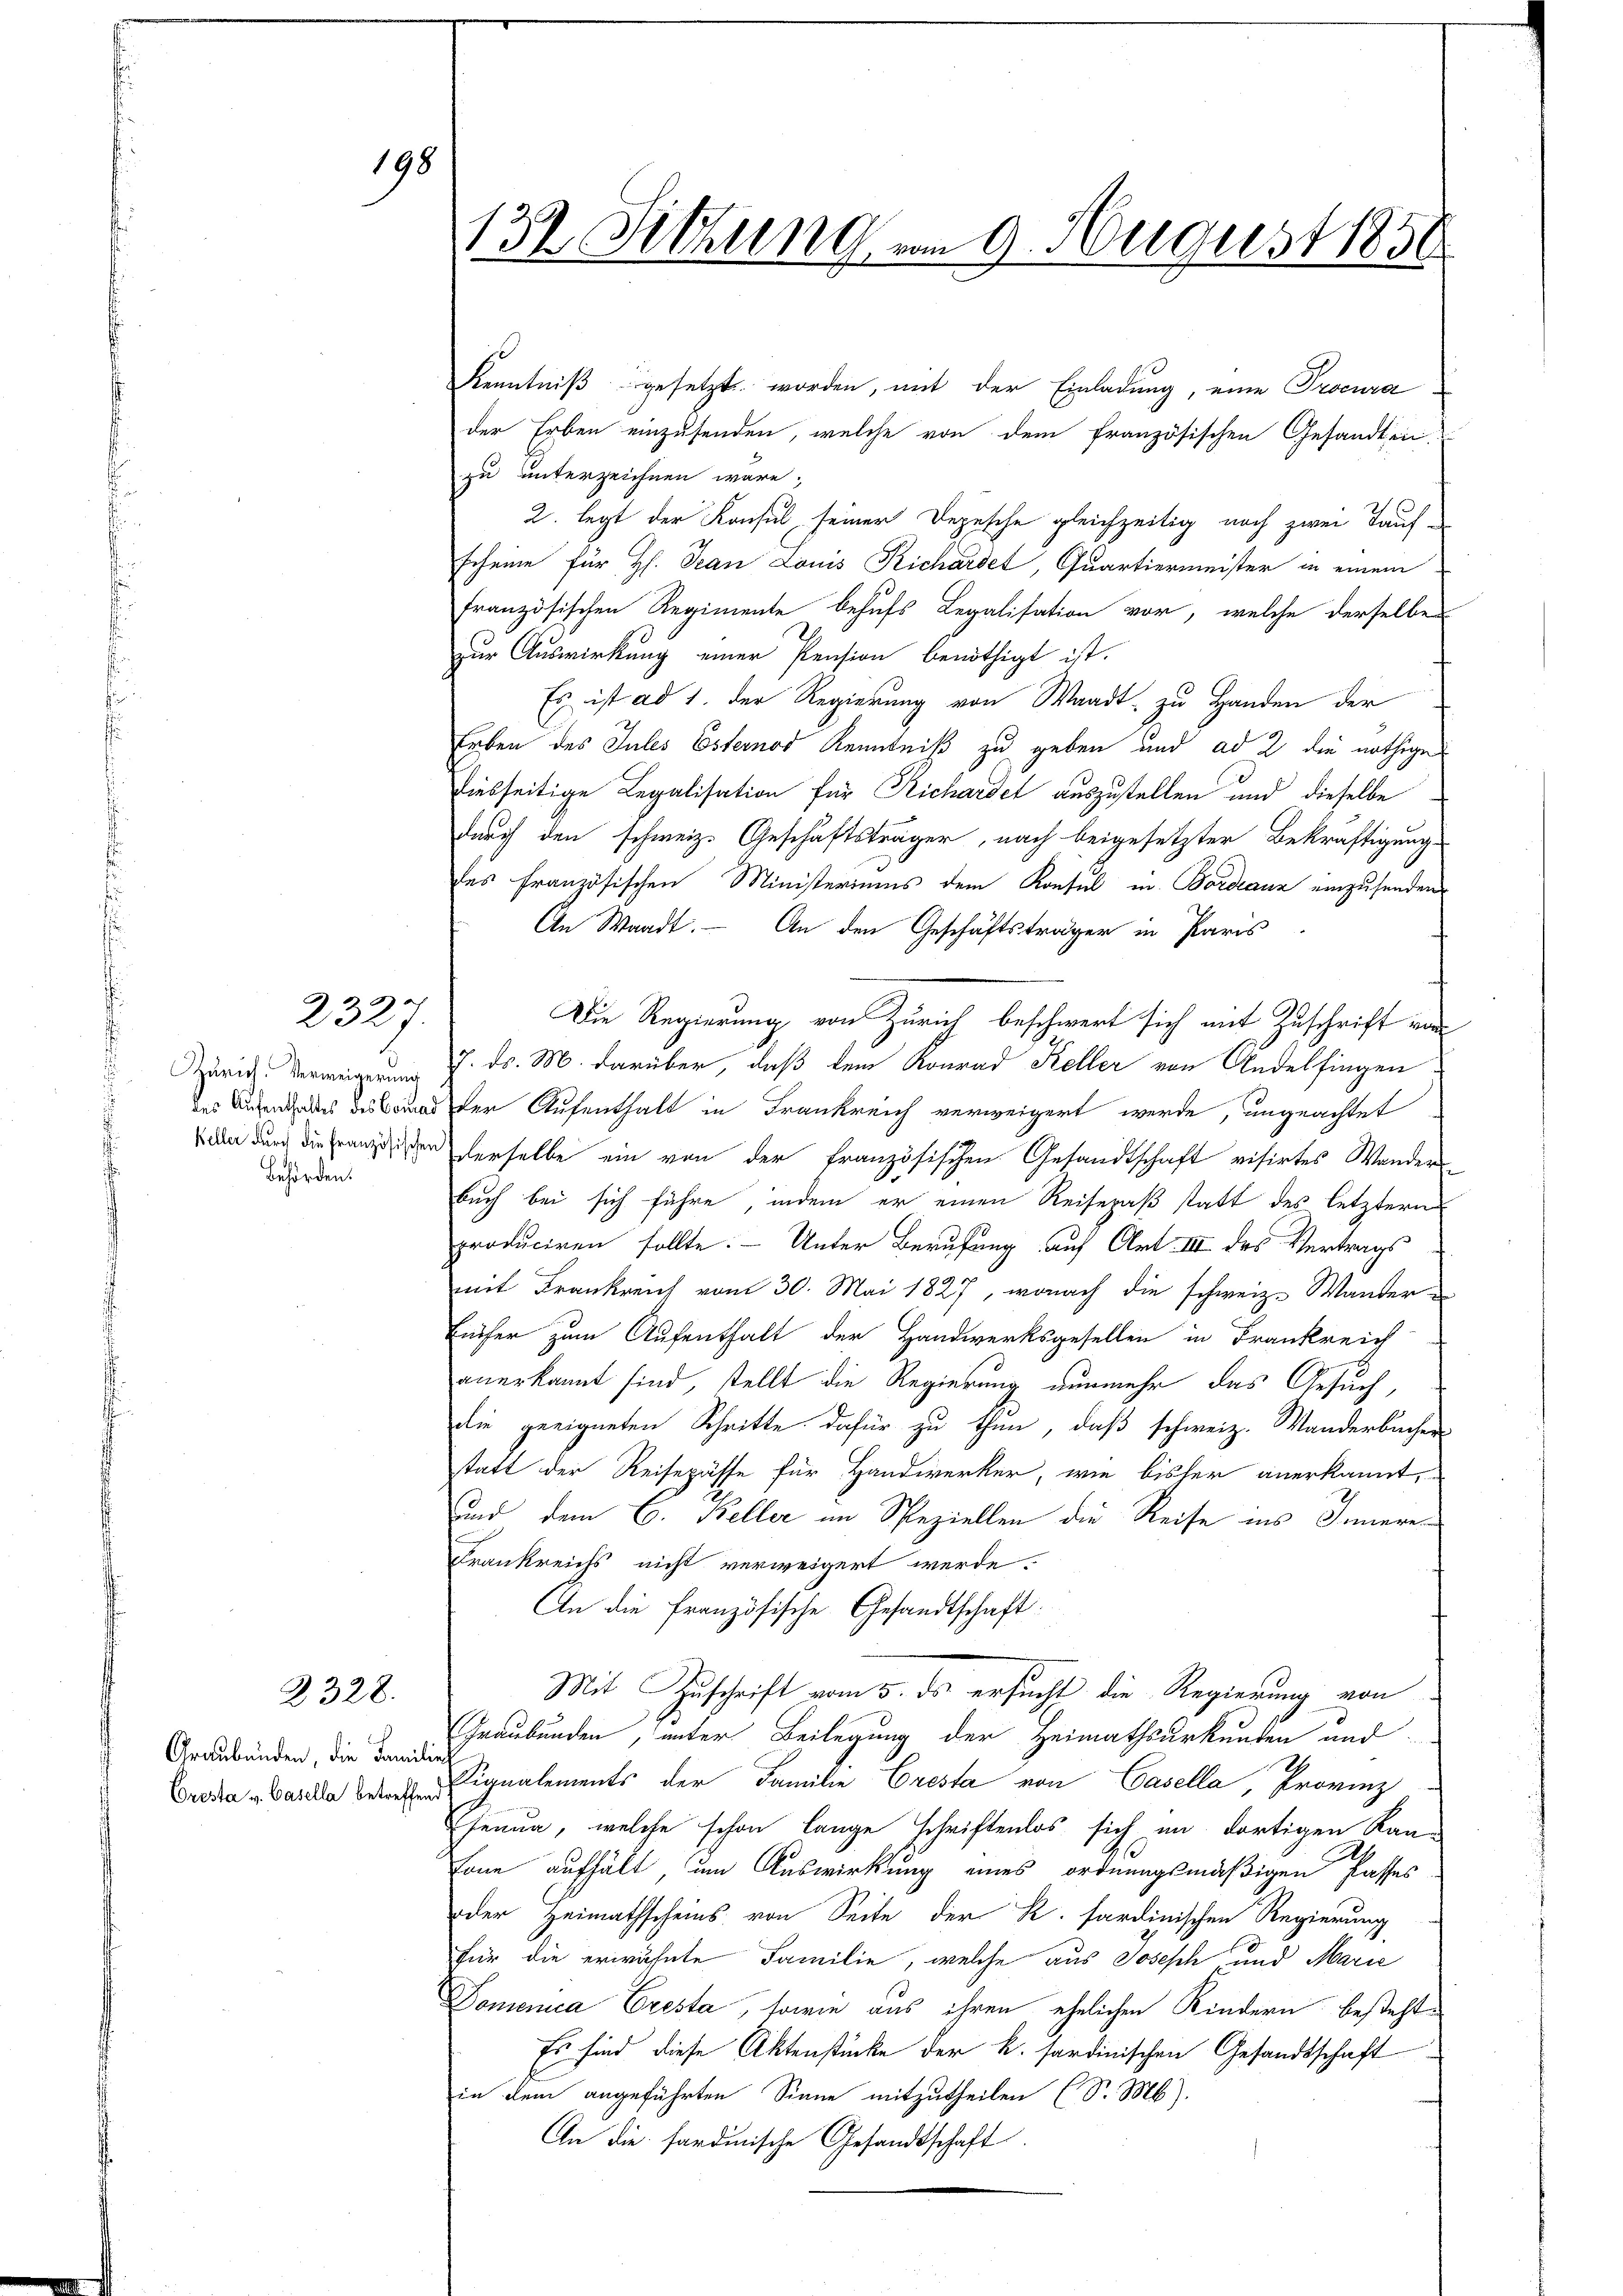
Zürich. Verweigerung
des Aufenthaltes des Comad
Keller durch die französischen
Behörden.

232

2328.

Graubünden, die Famil
Cresta v. Basella betreffen.

198

132. Sitzung vom 9. August 1850

Kenntniß gesetzt worden, mit der Einladung, eine Procurader Erben einzusenden, welche von dem französischen Gesandten,
zu unterzeichnen wäre,
2. legt der Konsul seiner Depesche gleichzeitig noch zwei Tauf-
scheine für H. Tran Louis Richardet, Quartiermeister in einem
französischen Regimente behufs Legalisation vor, welche derselbe
zur Auswirkung einer Pension benöthigt ist.
Es ist ad 1. der Regierung von Waadt, zu Handen der
Erben des Jules Esternod Kenntniß zu geben und ad 2 die nöthige
diebseitige Legalisation für Richardet auszustellen und dieselbe
durch den schweiz. Geschäftsträger, nach beigesetzter Bekräftigung
des Französischen Ministeriums dem Konsul in Bordeaux einzusenden
An Waadt. — An den Geschäftsträger in Paris
Die Regierung von Zürich beschwert sich mit Zuschrift von
7. ds. M. darüber, daß dem Konrad Keller von Andelfingen
der Aufenthalt in Frankreich verweigert werde, ungeachtet
derselbe ein von der französischen Gesandtschaft visirtes Wander
buch bei sich führe, indem er einen Reisepaß statt des letztern
produciren sollte. - Unter Berufung auf Art. III des Vertrags
mit Frankreich vom 30. Mai 1827, wonach die schweiz. Wander
Enther zum Aufenthalt der Handwerksgesellen in Frankreich
anerkannt sind, stellt die Regierung nunmehr das Gesuch,
die geeigneten Schritte dafür zu thun, daß schweiz. Wanderbacher
statt der Reisepässe für Handwerker, wie bisher anerkannt,
und dem C. Keller im Speziellen die Reise ins Innere
Frankreichs nicht verweigert werde.
An die französische Gesandtschaft:
Mit Zuschrift vom 5. ds. ersucht die Regierung von
Graubünden, unter Beilegung der Heimathsurkunden und
Signalements der Familie Cresta von Casella, Provinz
henun, welche schon lange schriftenlos sich im dortigen Kan-
Dann aufhält um Auswirkung eines ordnungsmäßigen Passes
der Heimathscheins von Seite der K. sardinischen Regierung
für die erwähnte Familie, welche aus Joseph und Marie
Domenica Cresta, sowie aus ihren ehelichen Kindern besteht
Es sind diese Aktenstücke der k. sardinischen Gesandtschaft
in dem angeführten Sinne mitzutheilen (S. Mb).
An die sardinische Gesandtschaft